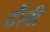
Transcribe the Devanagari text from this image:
टौनी